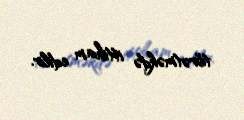
törətməkdə ittiham edilir.